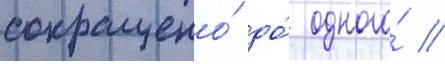
сокращено́ до́ одного́ //